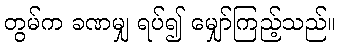
တွမ်က ခဏမျှ ရပ်၍ မျှော်ကြည့်သည်။